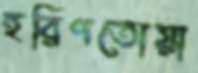
হরিণতোয়া